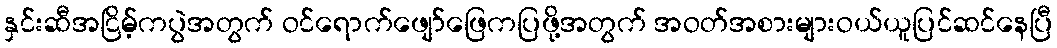
နှင်းဆီအငြိမ့်ကပွဲအတွက် ဝင်ရောက်ဖျော်ဖြေကပြဖို့အတွက် အဝတ်အစားများဝယ်ယူပြင်ဆင်နေပြီ